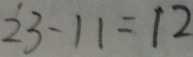
2 3 - 1 1 = 1 2